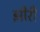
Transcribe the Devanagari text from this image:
झीरी